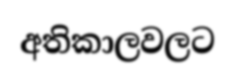
අතිකාලවලට